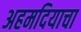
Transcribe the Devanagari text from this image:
अहमदियाचा